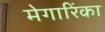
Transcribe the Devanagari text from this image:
मेगारिंका